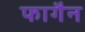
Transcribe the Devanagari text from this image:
फागैन